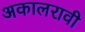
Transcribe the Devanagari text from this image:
अकालरावी